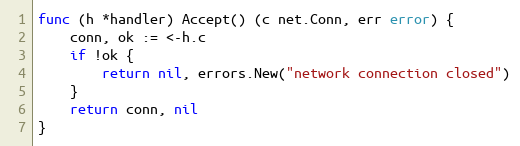
Language: Go
func (h *handler) Accept() (c net.Conn, err error) {
	conn, ok := <-h.c
	if !ok {
		return nil, errors.New("network connection closed")
	}
	return conn, nil
}